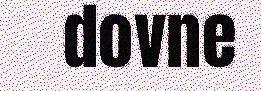
dovne